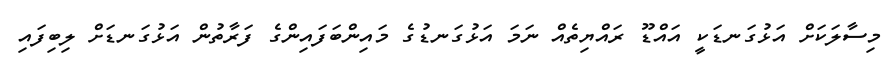
މިސާލަކަށް އަޅުގަނޑަކީ އައްޑޫ ރައްޔިތެއް ނަމަ އަޅުގަނޑުގެ މައިންބަފައިންގެ ފަރާތުން އަޅުގަނޑަށް ލިބިފައި